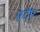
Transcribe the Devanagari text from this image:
एटेए